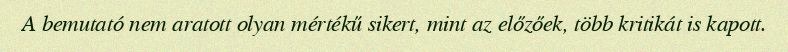
A bemutató nem aratott olyan mértékű sikert, mint az előzőek, több kritikát is kapott.